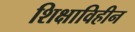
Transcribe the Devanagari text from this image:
शिक्षाविहीन